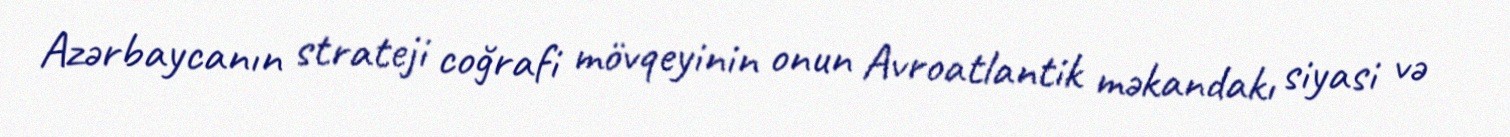
Azərbaycanın strateji coğrafi mövqeyinin onun Avroatlantik məkandakı siyasi və